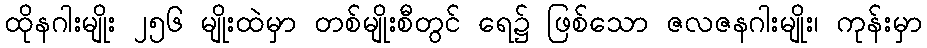
ထိုနဂါးမျိုး ၂၅၆ မျိုးထဲမှာ တစ်မျိုးစီတွင် ရေ၌ ဖြစ်သော ဇလဇနဂါးမျိုး၊ ကုန်းမှာ